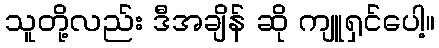
သူတို့လည်း ဒီအချိန် ဆို ကျူရှင်ပေါ့။